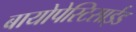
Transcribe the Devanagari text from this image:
बायोपेस्टिसाईड